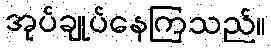
အုပ်ချုပ်နေကြသည်။